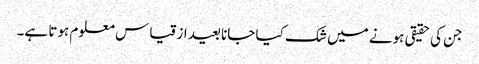
جن کی حقیقی ہونے میں شک کیا جانا بعید از قیاس معلوم ہوتا ہے۔